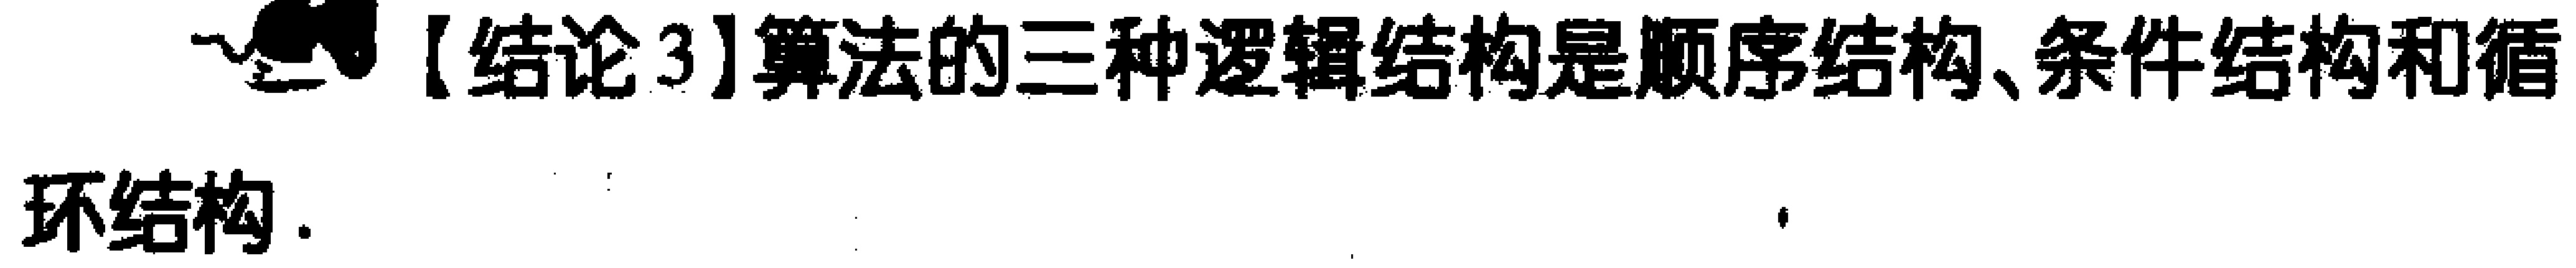
【结论3】算法的三种逻辑结构是顺序结构、条件结构和循环结构.